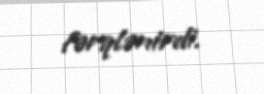
fərqlənirdi.